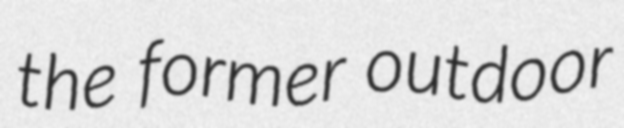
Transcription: the former outdoor